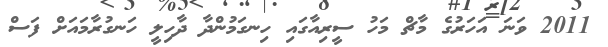
2011 ވަނަ އަހަރުގެ މާޗް މަހު ސީރިއާގައި ހިނގަމުންދާ ދާހިލީ ހަނގުރާމައަށް ފަސް